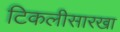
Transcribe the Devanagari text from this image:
टिकलीसारखा